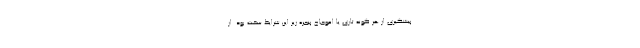
پیشگیری از هر گونه تاری یا اعوجاج پنجره زیر این شرایط سخت بود. از